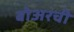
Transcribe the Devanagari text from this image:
बोअरची